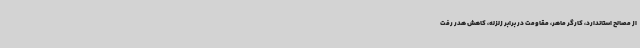
از مصالح استاندارد، کارگر ماهر، مقاومت در برابر زلزله، کاهش هدر رفت